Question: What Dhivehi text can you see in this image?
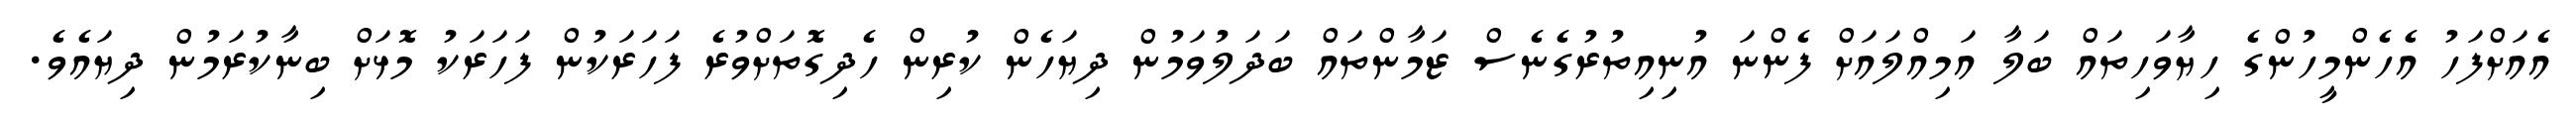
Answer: އެއަށްފަހު އެހެންމީހުންގެ ހިޔާވަހިތައް ބަލާ އަމިއްލައަށް ފެންނަ އުނިއިތުރުގެނެސް ޒަމާންތައް ބަދަލުވަމުން ދިޔަހެން ކުރިން ހެދިގޮތަށްވުރެ ފަހަރަކުން ފަހަރަކު މޮޅަށް ބިނާކުރަމުން ދިޔައެވެ.